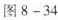
图8-34